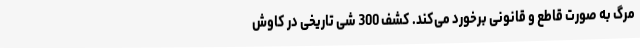
مرگ به صورت قاطع و قانونی برخورد می‌کند. کشف 300 شی تاریخی در کاوش